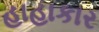
હાહાકાર